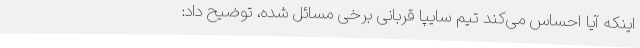
اینکه آیا احساس می‌کند تیم سایپا قربانی برخی مسائل شده، توضیح داد: